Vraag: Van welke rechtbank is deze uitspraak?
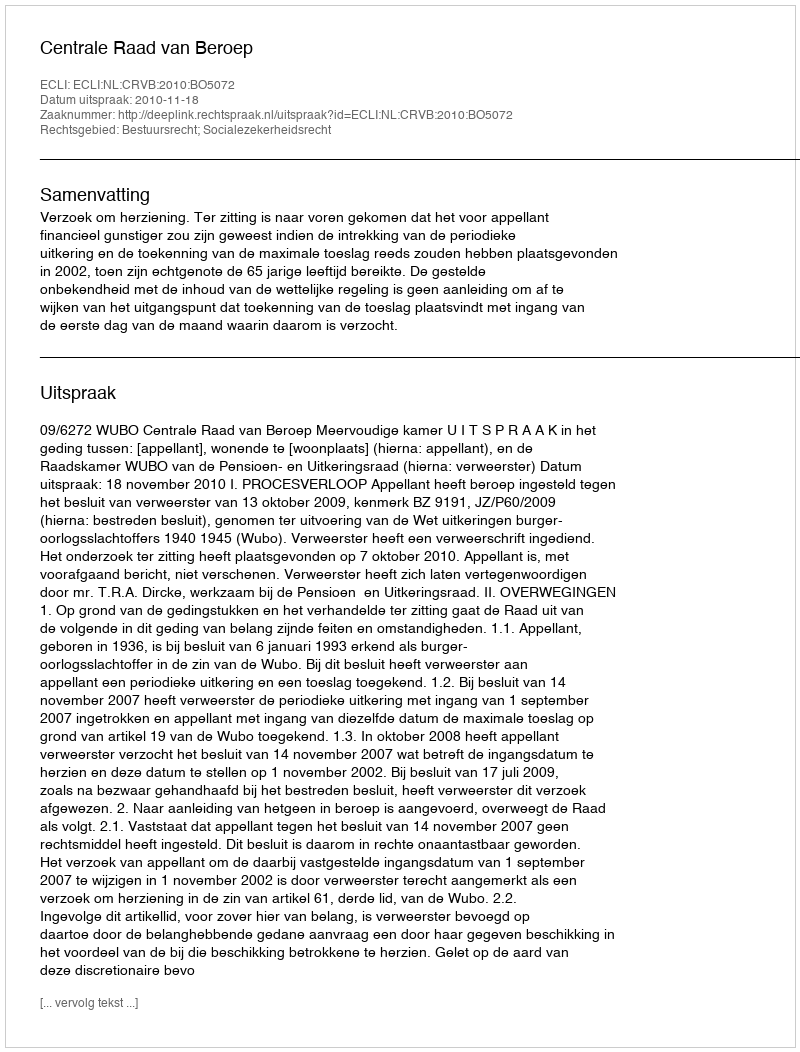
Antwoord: Centrale Raad van Beroep